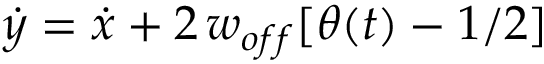
\dot { y } = \dot { x } + 2 \, w _ { o f f } [ \theta ( t ) - 1 / 2 ]